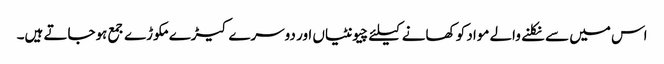
اس میں سے نکلنے والے مواد کو کھانے کیلئے چیونٹیاں اور دوسرے کیڑے مکوڑے جمع ہوجاتے ہیں۔